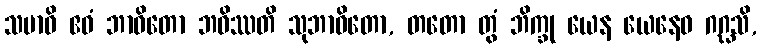
သမာဓိ ဧဝံ ဘာဝိတော ဘဝိဿတိ သုဘာဝိတော, တတော တွံ ဘိက္ခု ယေန ယေနေဝ ဂဂ္ဃသိ,